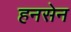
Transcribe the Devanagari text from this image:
हनसेन